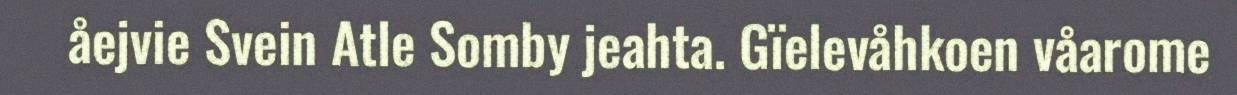
åejvie Svein Atle Somby jeahta. Gïelevåhkoen våarome